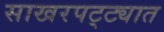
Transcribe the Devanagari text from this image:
साखरपट्ट्यात